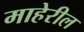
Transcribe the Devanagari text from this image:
माहेरील